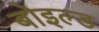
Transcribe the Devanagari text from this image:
बोइल्ड